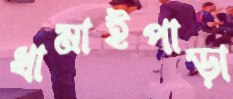
ধামাইপাড়া